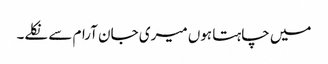
میں چاہتا ہوں میری جان آرام سے نکلے۔